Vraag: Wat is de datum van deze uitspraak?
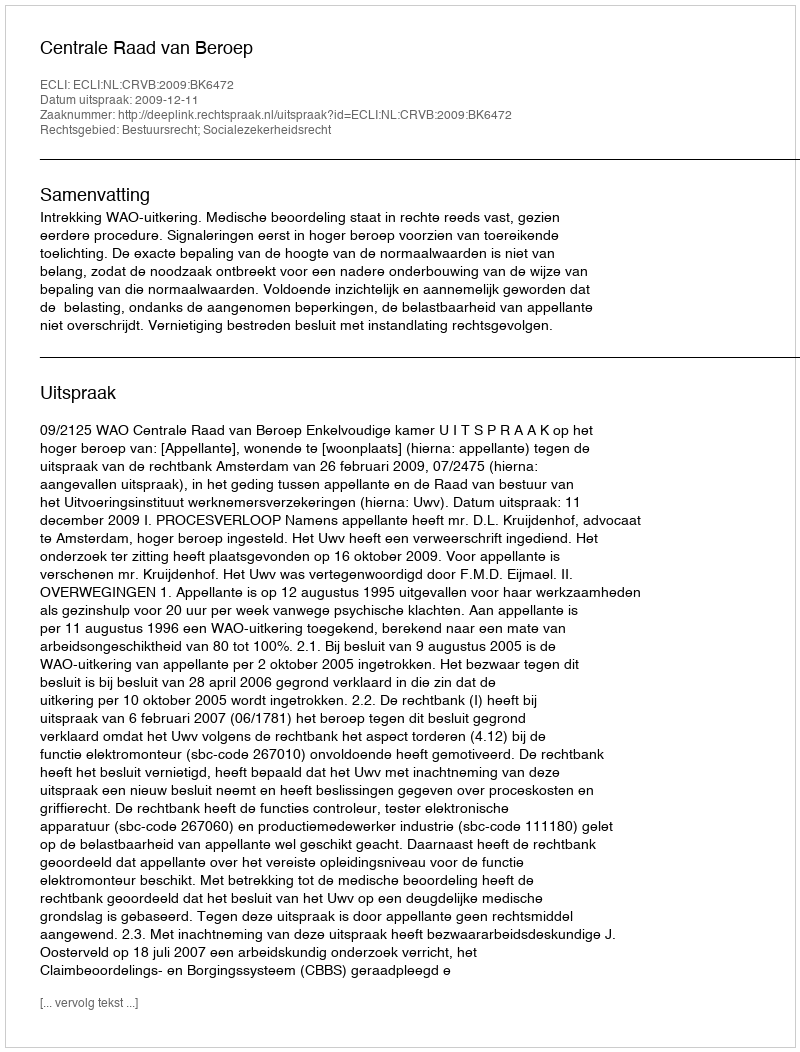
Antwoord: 2009-12-11